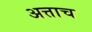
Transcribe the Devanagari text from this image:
अत्ताच